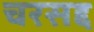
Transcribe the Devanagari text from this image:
चरसद्द